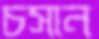
চসান